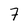
Character: 7